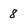
Character: 8